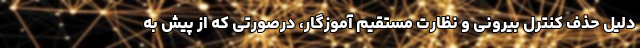
دلیل حذف کنترل بیرونی و نظارت مستقیم آموزگار، درصورتی که از پیش به